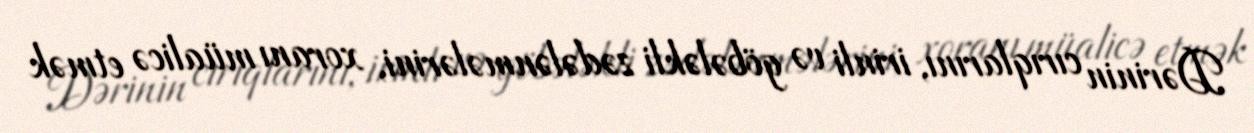
Dərinin cırıqlarını, irinli və göbələkli zədələnmələrini, xoranı müalicə etmək